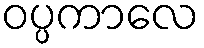
ဝပ္ပကာလေ